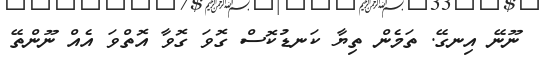
ނޫނޭ އިނގޭ. ތަމެން ތިޔާ ކަނޑުކޮސް ގޮވަ ގޮވާ އޮތްވަ އެއް ނޫންތޭ